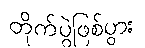
တိုက်ပွဲဖြစ်ပွား